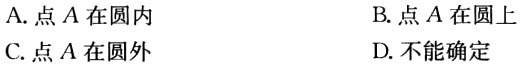
A. 点\(A\)在圆内
B. 点\(A\)在圆上
C. 点\(A\)在圆外
D. 不能确定